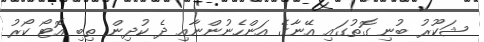
ޝަކޫރު ބުނި ގޮތުގައި އޭނާގެ އަންހެނުންނާއި ދެ ކުދިން ތިބި އޮޓޯ ކޯރު